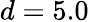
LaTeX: d=5.0